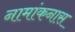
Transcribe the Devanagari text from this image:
नामांकनास